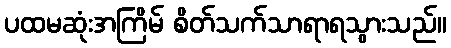
ပထမဆုံးအကြိမ် စိတ်သက်သာရာရသွားသည်။